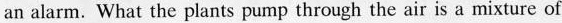
an alarm.What the plants pump through the air is a mixture of